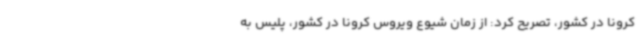
کرونا در کشور، تصریح کرد: از زمان شیوع ویروس کرونا در کشور، پلیس به